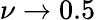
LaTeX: \nu\to 0.5